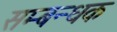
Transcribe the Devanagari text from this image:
सम्बन्धक